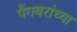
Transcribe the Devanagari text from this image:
पैंगबरांच्या